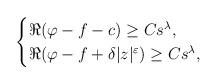
LaTeX: \begin{align*}\begin{cases}\Re(\varphi-f-c) \geq C s^\lambda, \\\Re(\varphi-f+\delta |z|^{\varepsilon}) \geq C s^\lambda,\end{cases}\end{align*}